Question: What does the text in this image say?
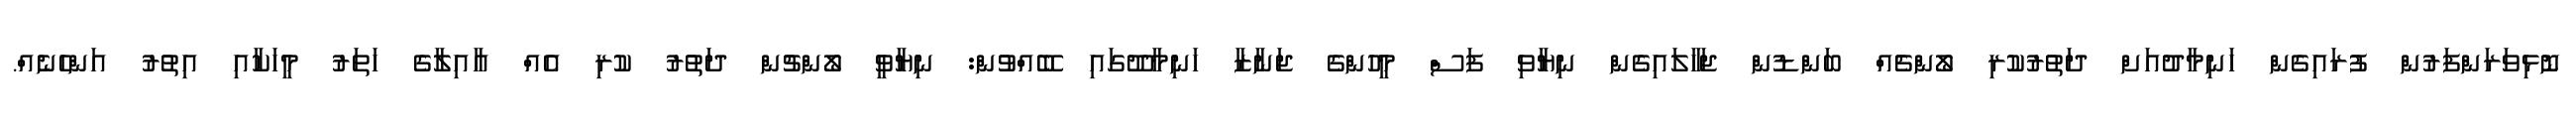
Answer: ނޮޅިވަރަންފަރުން ފުރައިގެން ހަނިމާދުއަށް ދަތުރުކުރި ލޯންޗެއް ބަންޑުން ޖަހާލައިގެން ނިޔާވި ފަސް މީހުންގެ ޖަނާޒާ ހަނިމާދޫގައި ބޭއްވުން: ނިޔާވީ ލޯންޗުން ދަތުރު ކުރި އެއް އާއިލާގެ ހަތަރު މީހަކާއި އިތުރު އަންހެނެއް.